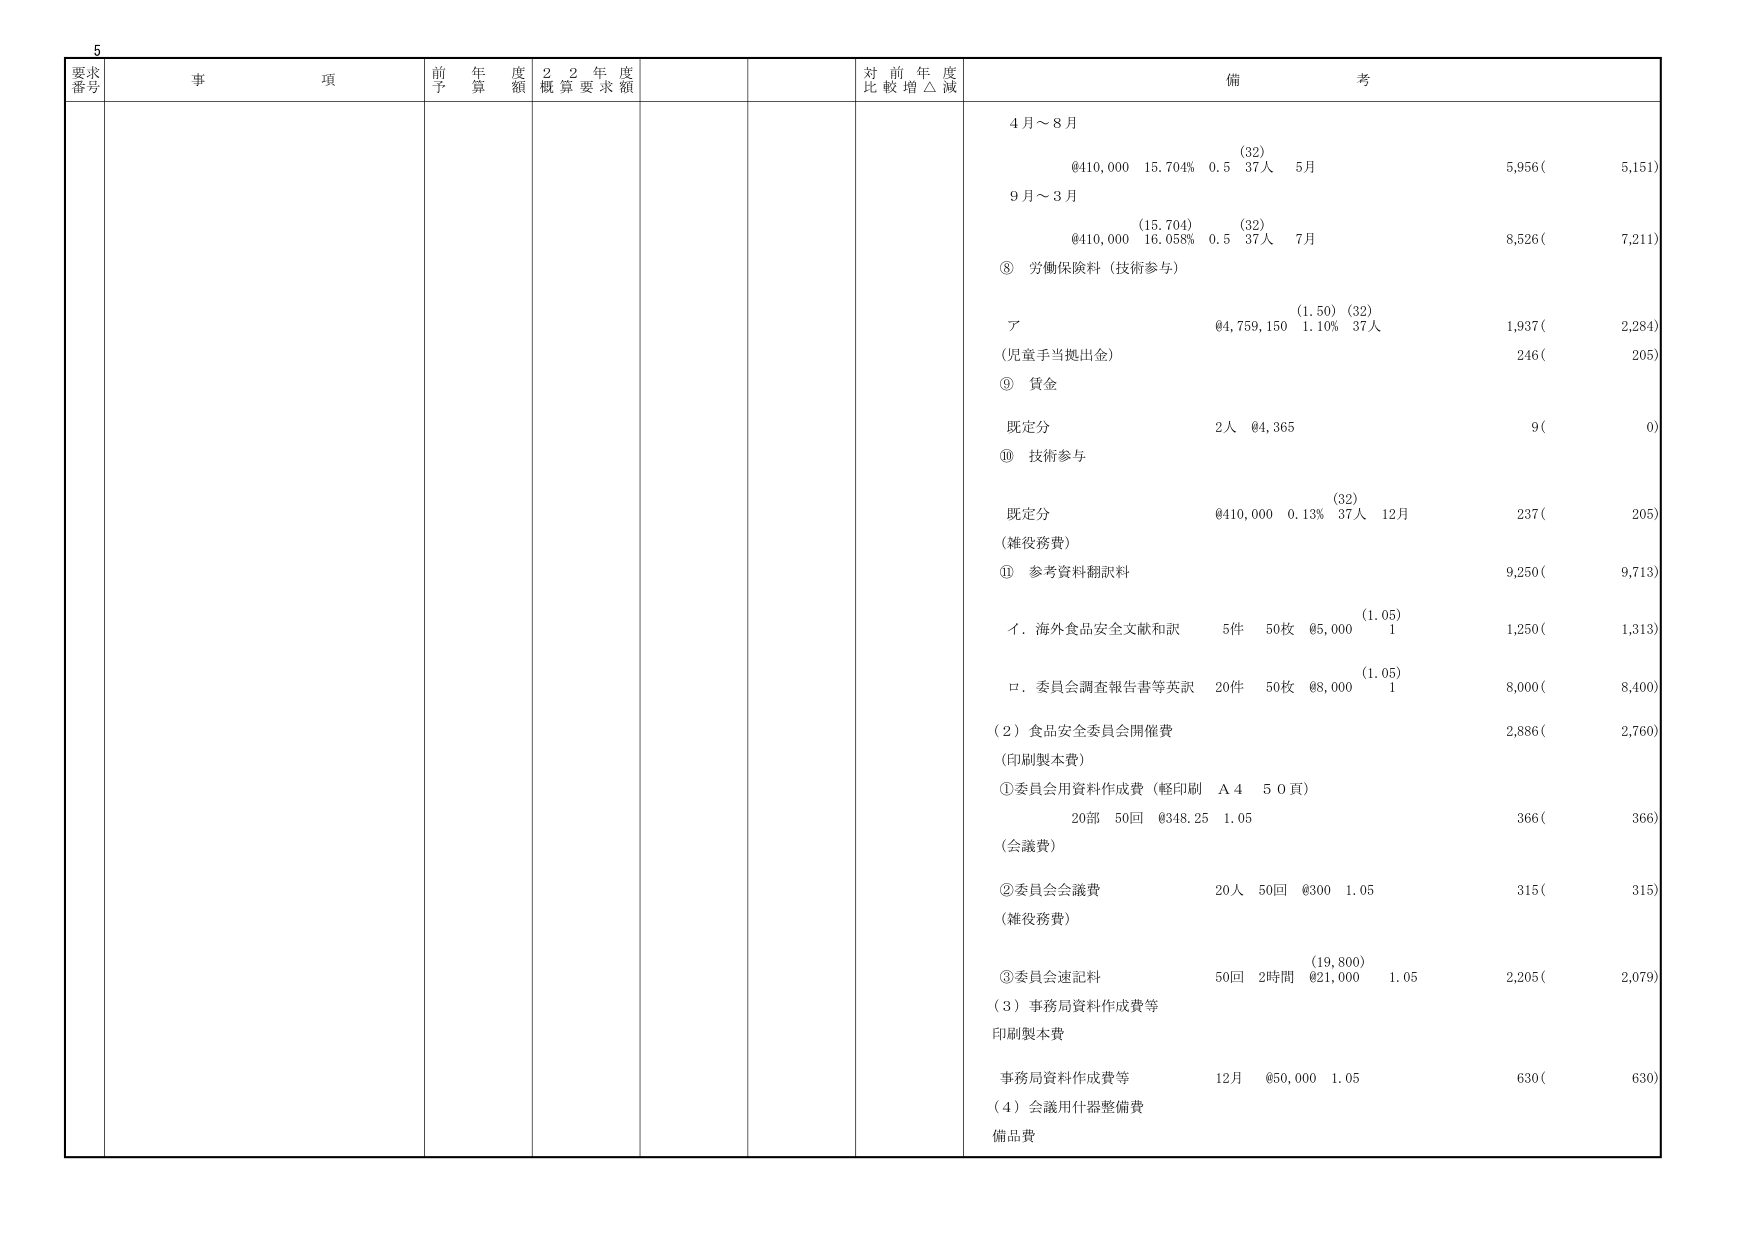
5
要求
番号
事 項
前 年 度
予 算 額
2 2 年 度
概 算 要 求 額
対 前 年 度
比 較 増 △ 減
備 考
4月～8月
(32)
@410,000 15.704% 0.5 37人 5月
5,956( 5,151)
9月～3月
(15.704) (32)
@410,000 16.058% 0.5 37人 7月
8,526( 7,211)
⑧ 労働保険料（技術参与）
(1.50) (32)
ア @4,759,150 1.10% 37人
1,937( 2,284)
（児童手当拠出金）
246( 205)
⑨ 賃金
既定分 2人 @4,365
9( 0)
⑩ 技術参与
(32)
既定分 @410,000 0.13% 37人 12月
237( 205)
（雑役務費）
⑪ 参考資料翻訳料
9,250( 9,713)
イ．海外食品安全文献和訳 5件 50枚 @5,000 (1.05) 1
1,250( 1,313)
ロ．委員会調査報告書等英訳 20件 50枚 @8,000 (1.05) 1
8,000( 8,400)
（2）食品安全委員会開催費
2,886( 2,760)
（印刷製本費）
①委員会用資料作成費（軽印刷 A4 50頁）
20部 50回 @348.25 1.05
366( 366)
（会議費）
②委員会会議費 20人 50回 @300 1.05
315( 315)
（雑役務費）
③委員会速記料 50回 2時間 (19,800) @21,000 1.05
2,205( 2,079)
（3）事務局資料作成費等
印刷製本費
事務局資料作成費等 12月 @50,000 1.05
630( 630)
（4）会議用什器整備費
備品費